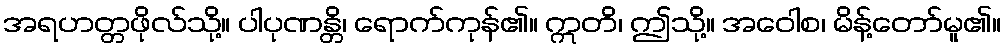
အရဟတ္တဖိုလ်သို့။ ပါပုဏန္တိ၊ ရောက်ကုန်၏။ ဣတိ၊ ဤသို့။ အဝေါစ၊ မိန့်တော်မူ၏။